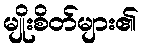
မျိုးစိတ်များ၏